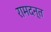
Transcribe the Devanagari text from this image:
रामदन्त